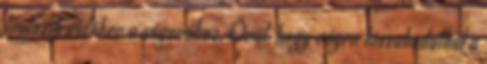
leutazik vidékre a sógorához. Örül, hogy végre kiszabadulhat a